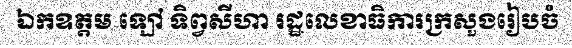
ឯកឧត្តម ឡៅ ទិព្វសីហា រដ្ឋលេខាធិការក្រសួងរៀបចំ